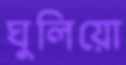
ঘুলিয়ো